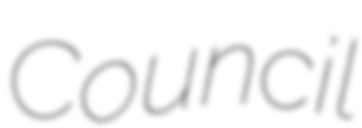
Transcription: Council